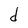
Character: d